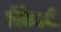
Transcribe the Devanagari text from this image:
अॅकेडमी